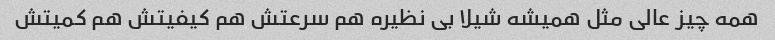
همه چیز عالی مثل همیشه شیلا بی نظیره هم سرعتش هم کیفیتش هم کمیتش